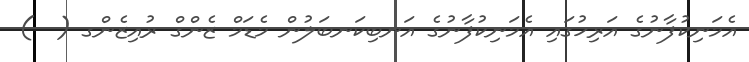
އެމަނިކުފާނުގެ އަރިހުގައި އެމަނިކުފާނުގެ އަނބިކަނބަލުން މެޑަމް ޒެންގް ރުއިޒެންގ (  )